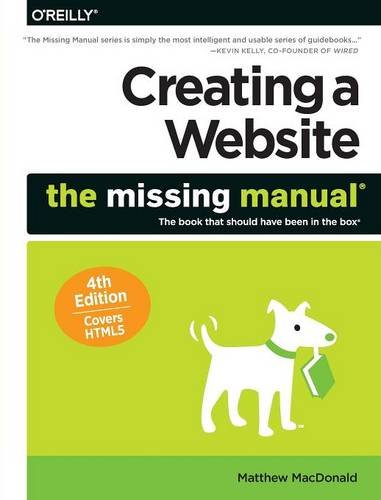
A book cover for Creating a Website: The Missing Manual; Matthew MacDonald; Computers & Technology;